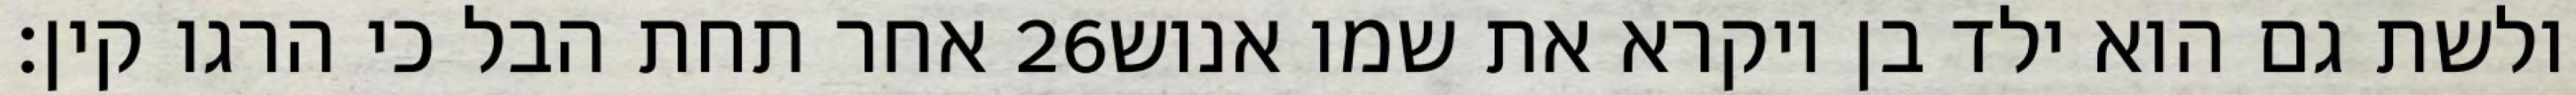
אחר תחת הבל כי הרגו קין׃ ‎26‏ ולשת גם הוא ילד בן ויקרא את שמו אנוש